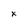
Character: x